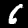
Digit: 6